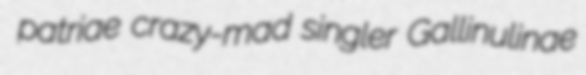
patriae crazy-mad singler Gallinulinae